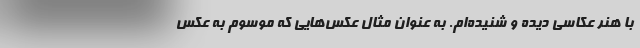
با هنر عکاسی دیده و شنیده‌ام. به عنوان مثال عکس‌هایی که موسوم به عکس